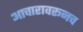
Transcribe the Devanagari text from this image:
आचारावरूनच